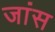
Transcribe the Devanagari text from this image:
जांस